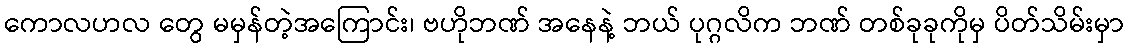
ကောလဟလ တွေ မမှန်တဲ့အကြောင်း၊ ဗဟိုဘဏ် အနေနဲ့ ဘယ် ပုဂ္ဂလိက ဘဏ် တစ်ခုခုကိုမှ ပိတ်သိမ်းမှာ